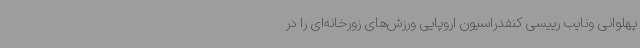
پهلوانی ونایب رییسی کنفدراسیون اروپایی ورزش‌های زورخانه‌ای را در